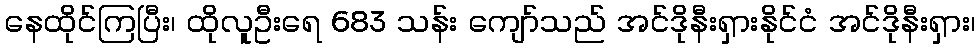
နေထိုင်ကြပြီး၊ ထိုလူဦးရေ 683 သန်း ကျော်သည် အင်ဒိုနီးရှားနိုင်ငံ အင်ဒိုနီးရှား၊